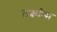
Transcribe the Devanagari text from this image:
लक्ष्मीस